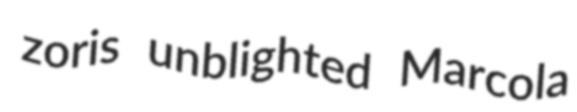
zoris unblighted Marcola